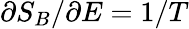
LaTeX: \partial S_{B}/\partial E=1/T